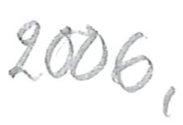
Text: 2006,
Cross-out: clean
Writing tool: pencil